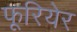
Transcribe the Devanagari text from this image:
फूरियेर